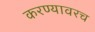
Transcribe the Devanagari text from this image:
करण्यावरच